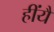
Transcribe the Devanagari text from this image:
हींयै